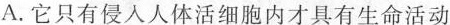
A.它只有侵人人体活细胞内才具有生命活动